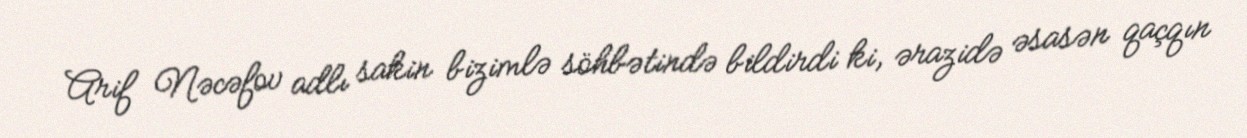
Arif Nəcəfov adlı sakin bizimlə söhbətində bildirdi ki, ərazidə əsasən qaçqın